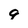
Character: g